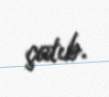
çatıb.